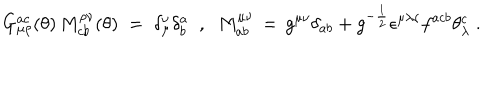
G _ { \mu \rho } ^ { a c } ( \theta ) \, M _ { c b } ^ { \rho \nu } ( \theta ) \; = \; \delta _ { \mu } ^ { \nu } \delta _ { b } ^ { a } \; \; , \; \; M _ { a b } ^ { \mu \nu } \, = \, g ^ { \mu \nu } \delta _ { a b } + g ^ { - \frac { 1 } { 2 } } \epsilon ^ { \mu \lambda \nu } f ^ { a c b } \theta _ { \lambda } ^ { c } \; .